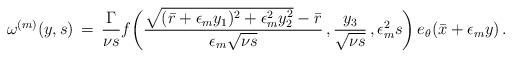
LaTeX: \begin{align*} \omega^{(m)}(y,s) \,=\, \frac{\Gamma}{\nu s}f\biggl( \frac{\sqrt{(\bar r + \epsilon_m y_1)^2 + \epsilon_m^2 y_2^2}-\bar r}{ \epsilon_m \sqrt{\nu s}}\,,\frac{y_3}{\sqrt{\nu s}}\,,\epsilon_m^2 s \biggr)\,e_\theta(\bar x + \epsilon_m y)\,.\end{align*}